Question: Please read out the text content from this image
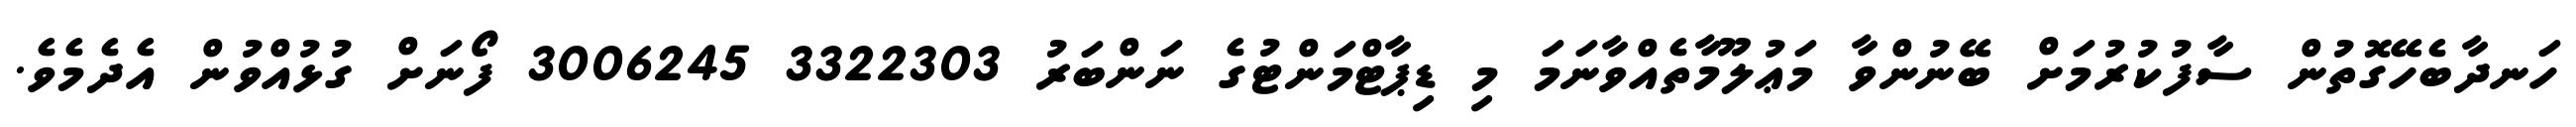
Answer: ހަނދާބެހޭގޮތުން ސާފުކުރުމަށް ބޭނުންވާ މަޢުލޫމާތެއްވާނަމަ މި ޑިޕާޓްމަންޓުގެ ނަންބަރު 3322303 3006245 ފޯނަށް ގުޅުއްވުން އެދެމެވެ.